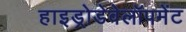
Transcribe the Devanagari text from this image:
हाइड्रोडेवेलॉपमेंट